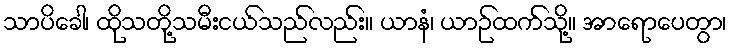
သာပိခေါ၊ ထိုသတို့သမီးငယ်သည်လည်း။ ယာနံ၊ ယာဉ်ထက်သို့။ အာရောပေတွာ၊